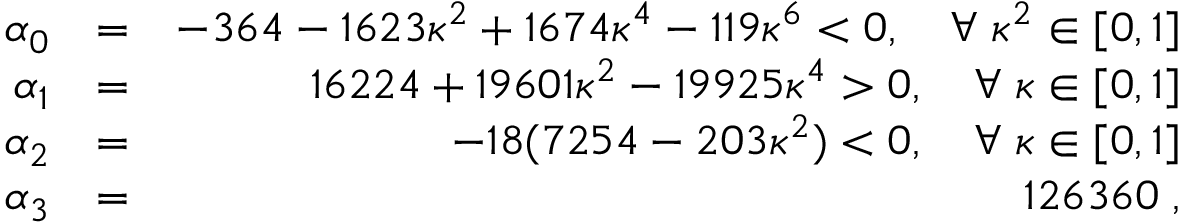
\begin{array} { r l r } { \alpha _ { 0 } } & { = } & { - 3 6 4 - 1 6 2 3 \kappa ^ { 2 } + 1 6 7 4 \kappa ^ { 4 } - 1 1 9 \kappa ^ { 6 } < 0 , \quad \forall \; \kappa ^ { 2 } \in [ 0 , 1 ] } \\ { \alpha _ { 1 } } & { = } & { 1 6 2 2 4 + 1 9 6 0 1 \kappa ^ { 2 } - 1 9 9 2 5 \kappa ^ { 4 } > 0 , \quad \forall \; \kappa \in [ 0 , 1 ] } \\ { \alpha _ { 2 } } & { = } & { - 1 8 ( 7 2 5 4 - 2 0 3 \kappa ^ { 2 } ) < 0 , \quad \forall \; \kappa \in [ 0 , 1 ] } \\ { \alpha _ { 3 } } & { = } & { 1 2 6 3 6 0 \; , } \end{array}